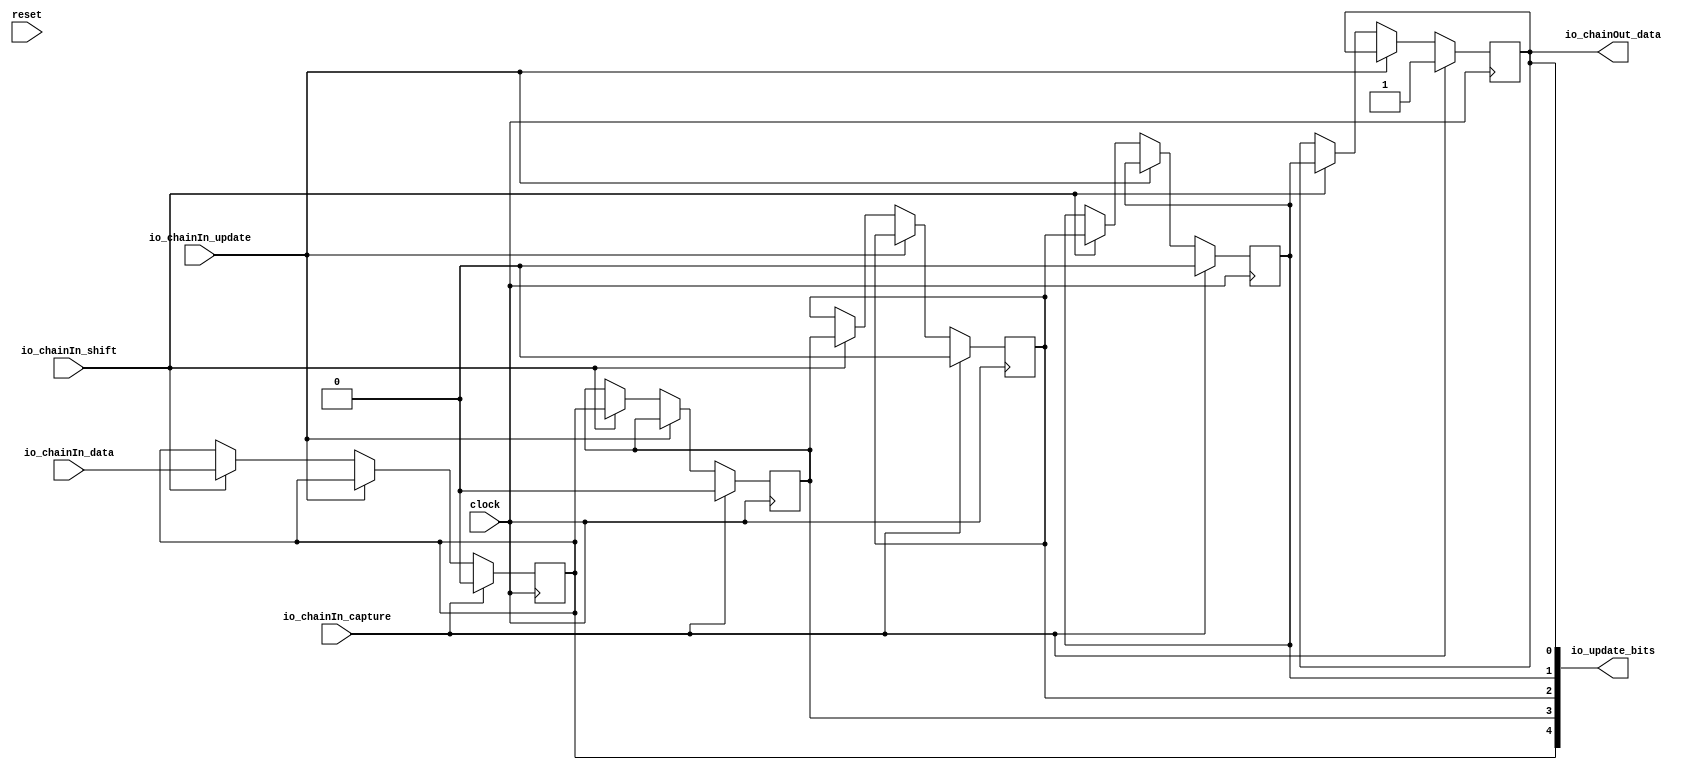
// Copyright (c) 2017, Microsemi Corporation
// All rights reserved.
//
// Redistribution and use in source and binary forms, with or without
// modification, are permitted provided that the following conditions are met:
//     * Redistributions of source code must retain the above copyright
//       notice, this list of conditions and the following disclaimer.
//     * Redistributions in binary form must reproduce the above copyright
//       notice, this list of conditions and the following disclaimer in the
//       documentation and/or other materials provided with the distribution.
//     * Neither the name of the <organization> nor the
//       names of its contributors may be used to endorse or promote products
//       derived from this software without specific prior written permission.
//
// THIS SOFTWARE IS PROVIDED BY THE COPYRIGHT HOLDERS AND CONTRIBUTORS "AS IS" AND
// ANY EXPRESS OR IMPLIED WARRANTIES, INCLUDING, BUT NOT LIMITED TO, THE IMPLIED
// WARRANTIES OF MERCHANTABILITY AND FITNESS FOR A PARTICULAR PURPOSE ARE
// DISCLAIMED. IN NO EVENT SHALL MICROSEMI CORPORATIONM BE LIABLE FOR ANY
// DIRECT, INDIRECT, INCIDENTAL, SPECIAL, EXEMPLARY, OR CONSEQUENTIAL DAMAGES
// (INCLUDING, BUT NOT LIMITED TO, PROCUREMENT OF SUBSTITUTE GOODS OR SERVICES;
// LOSS OF USE, DATA, OR PROFITS; OR BUSINESS INTERRUPTION) HOWEVER CAUSED AND
// ON ANY THEORY OF LIABILITY, WHETHER IN CONTRACT, STRICT LIABILITY, OR TORT
// (INCLUDING NEGLIGENCE OR OTHERWISE) ARISING IN ANY WAY OUT OF THE USE OF THIS
// SOFTWARE, EVEN IF ADVISED OF THE POSSIBILITY OF SUCH DAMAGE.
//
// APACHE LICENSE
// Copyright (c) 2017, Microsemi Corporation 
//
// Licensed under the Apache License, Version 2.0 (the "License");
// you may not use this file except in compliance with the License.
// You may obtain a copy of the License at
//
//    http://www.apache.org/licenses/LICENSE-2.0
//
// Unless required by applicable law or agreed to in writing, software
// distributed under the License is distributed on an "AS IS" BASIS,
// WITHOUT WARRANTIES OR CONDITIONS OF ANY KIND, either express or implied.
// See the License for the specific language governing permissions and
// limitations under the License.
//
// Description:
//
// SVN Revision Information:
// SVN $Revision: $
// SVN $Date: $
//
// Resolved SARs
// SAR      Date     Who   Description
//
// Notes:
//
// ****************************************************************************/
`ifndef RANDOMIZE_REG_INIT 
	 `define RANDOMIZE_REG_INIT 
 `endif
`ifndef RANDOMIZE_MEM_INIT 
	 `define RANDOMIZE_MEM_INIT 
 `endif
`ifndef RANDOMIZE 
	 `define RANDOMIZE 
`endif

`timescale 1ns/10ps
module MiV_AXI_MiV_AXI_0_MIV_RV32IMA_L1_AXI_CAPTURE_UPDATE_CHAIN_2( // @[:freechips.rocketchip.system.MivRV32ImaL1AhbConfig.fir@118348.2]
  input        clock, // @[:freechips.rocketchip.system.MivRV32ImaL1AhbConfig.fir@118349.4]
  input        reset, // @[:freechips.rocketchip.system.MivRV32ImaL1AhbConfig.fir@118350.4]
  input        io_chainIn_shift, // @[:freechips.rocketchip.system.MivRV32ImaL1AhbConfig.fir@118351.4]
  input        io_chainIn_data, // @[:freechips.rocketchip.system.MivRV32ImaL1AhbConfig.fir@118351.4]
  input        io_chainIn_capture, // @[:freechips.rocketchip.system.MivRV32ImaL1AhbConfig.fir@118351.4]
  input        io_chainIn_update, // @[:freechips.rocketchip.system.MivRV32ImaL1AhbConfig.fir@118351.4]
  output       io_chainOut_data, // @[:freechips.rocketchip.system.MivRV32ImaL1AhbConfig.fir@118351.4]
  output [4:0] io_update_bits // @[:freechips.rocketchip.system.MivRV32ImaL1AhbConfig.fir@118351.4]
);
  reg  regs_0; // @[JtagShifter.scala 156:39:freechips.rocketchip.system.MivRV32ImaL1AhbConfig.fir@118359.4]
  reg [31:0] _RAND_0;
  reg  regs_1; // @[JtagShifter.scala 156:39:freechips.rocketchip.system.MivRV32ImaL1AhbConfig.fir@118360.4]
  reg [31:0] _RAND_1;
  reg  regs_2; // @[JtagShifter.scala 156:39:freechips.rocketchip.system.MivRV32ImaL1AhbConfig.fir@118361.4]
  reg [31:0] _RAND_2;
  reg  regs_3; // @[JtagShifter.scala 156:39:freechips.rocketchip.system.MivRV32ImaL1AhbConfig.fir@118362.4]
  reg [31:0] _RAND_3;
  reg  regs_4; // @[JtagShifter.scala 156:39:freechips.rocketchip.system.MivRV32ImaL1AhbConfig.fir@118363.4]
  reg [31:0] _RAND_4;
  wire [1:0] _T_12; // @[Cat.scala 30:58:freechips.rocketchip.system.MivRV32ImaL1AhbConfig.fir@118365.4]
  wire [1:0] _T_13; // @[Cat.scala 30:58:freechips.rocketchip.system.MivRV32ImaL1AhbConfig.fir@118366.4]
  wire [2:0] _T_14; // @[Cat.scala 30:58:freechips.rocketchip.system.MivRV32ImaL1AhbConfig.fir@118367.4]
  wire [4:0] updateBits; // @[Cat.scala 30:58:freechips.rocketchip.system.MivRV32ImaL1AhbConfig.fir@118368.4]
  wire  _GEN_0; // @[JtagShifter.scala 176:34:freechips.rocketchip.system.MivRV32ImaL1AhbConfig.fir@118394.8]
  wire  _GEN_1; // @[JtagShifter.scala 176:34:freechips.rocketchip.system.MivRV32ImaL1AhbConfig.fir@118394.8]
  wire  _GEN_2; // @[JtagShifter.scala 176:34:freechips.rocketchip.system.MivRV32ImaL1AhbConfig.fir@118394.8]
  wire  _GEN_3; // @[JtagShifter.scala 176:34:freechips.rocketchip.system.MivRV32ImaL1AhbConfig.fir@118394.8]
  wire  _GEN_4; // @[JtagShifter.scala 176:34:freechips.rocketchip.system.MivRV32ImaL1AhbConfig.fir@118394.8]
  wire  _GEN_8; // @[JtagShifter.scala 173:35:freechips.rocketchip.system.MivRV32ImaL1AhbConfig.fir@118389.6]
  wire  _GEN_9; // @[JtagShifter.scala 173:35:freechips.rocketchip.system.MivRV32ImaL1AhbConfig.fir@118389.6]
  wire  _GEN_10; // @[JtagShifter.scala 173:35:freechips.rocketchip.system.MivRV32ImaL1AhbConfig.fir@118389.6]
  wire  _GEN_11; // @[JtagShifter.scala 173:35:freechips.rocketchip.system.MivRV32ImaL1AhbConfig.fir@118389.6]
  wire  _GEN_12; // @[JtagShifter.scala 173:35:freechips.rocketchip.system.MivRV32ImaL1AhbConfig.fir@118389.6]
  wire  _GEN_13; // @[JtagShifter.scala 168:29:freechips.rocketchip.system.MivRV32ImaL1AhbConfig.fir@118374.4]
  wire  _GEN_14; // @[JtagShifter.scala 168:29:freechips.rocketchip.system.MivRV32ImaL1AhbConfig.fir@118374.4]
  wire  _GEN_15; // @[JtagShifter.scala 168:29:freechips.rocketchip.system.MivRV32ImaL1AhbConfig.fir@118374.4]
  wire  _GEN_16; // @[JtagShifter.scala 168:29:freechips.rocketchip.system.MivRV32ImaL1AhbConfig.fir@118374.4]
  wire  _GEN_17; // @[JtagShifter.scala 168:29:freechips.rocketchip.system.MivRV32ImaL1AhbConfig.fir@118374.4]
  wire  _T_31; // @[JtagShifter.scala 185:31:freechips.rocketchip.system.MivRV32ImaL1AhbConfig.fir@118407.4]
  wire  _T_33; // @[JtagShifter.scala 185:10:freechips.rocketchip.system.MivRV32ImaL1AhbConfig.fir@118408.4]
  wire  _T_34; // @[JtagShifter.scala 186:31:freechips.rocketchip.system.MivRV32ImaL1AhbConfig.fir@118409.4]
  wire  _T_36; // @[JtagShifter.scala 186:10:freechips.rocketchip.system.MivRV32ImaL1AhbConfig.fir@118410.4]
  wire  _T_37; // @[JtagShifter.scala 186:7:freechips.rocketchip.system.MivRV32ImaL1AhbConfig.fir@118411.4]
  wire  _T_38; // @[JtagShifter.scala 187:30:freechips.rocketchip.system.MivRV32ImaL1AhbConfig.fir@118412.4]
  wire  _T_40; // @[JtagShifter.scala 187:10:freechips.rocketchip.system.MivRV32ImaL1AhbConfig.fir@118413.4]
  wire  _T_41; // @[JtagShifter.scala 187:7:freechips.rocketchip.system.MivRV32ImaL1AhbConfig.fir@118414.4]
  wire  _T_43; // @[JtagShifter.scala 185:9:freechips.rocketchip.system.MivRV32ImaL1AhbConfig.fir@118416.4]
  wire  _T_45; // @[JtagShifter.scala 185:9:freechips.rocketchip.system.MivRV32ImaL1AhbConfig.fir@118417.4]
  assign _T_12 = {regs_1,regs_0}; // @[Cat.scala 30:58:freechips.rocketchip.system.MivRV32ImaL1AhbConfig.fir@118365.4]
  assign _T_13 = {regs_4,regs_3}; // @[Cat.scala 30:58:freechips.rocketchip.system.MivRV32ImaL1AhbConfig.fir@118366.4]
  assign _T_14 = {_T_13,regs_2}; // @[Cat.scala 30:58:freechips.rocketchip.system.MivRV32ImaL1AhbConfig.fir@118367.4]
  assign updateBits = {_T_14,_T_12}; // @[Cat.scala 30:58:freechips.rocketchip.system.MivRV32ImaL1AhbConfig.fir@118368.4]
  assign _GEN_0 = io_chainIn_shift ? io_chainIn_data : regs_4; // @[JtagShifter.scala 176:34:freechips.rocketchip.system.MivRV32ImaL1AhbConfig.fir@118394.8]
  assign _GEN_1 = io_chainIn_shift ? regs_1 : regs_0; // @[JtagShifter.scala 176:34:freechips.rocketchip.system.MivRV32ImaL1AhbConfig.fir@118394.8]
  assign _GEN_2 = io_chainIn_shift ? regs_2 : regs_1; // @[JtagShifter.scala 176:34:freechips.rocketchip.system.MivRV32ImaL1AhbConfig.fir@118394.8]
  assign _GEN_3 = io_chainIn_shift ? regs_3 : regs_2; // @[JtagShifter.scala 176:34:freechips.rocketchip.system.MivRV32ImaL1AhbConfig.fir@118394.8]
  assign _GEN_4 = io_chainIn_shift ? regs_4 : regs_3; // @[JtagShifter.scala 176:34:freechips.rocketchip.system.MivRV32ImaL1AhbConfig.fir@118394.8]
  assign _GEN_8 = io_chainIn_update ? regs_4 : _GEN_0; // @[JtagShifter.scala 173:35:freechips.rocketchip.system.MivRV32ImaL1AhbConfig.fir@118389.6]
  assign _GEN_9 = io_chainIn_update ? regs_0 : _GEN_1; // @[JtagShifter.scala 173:35:freechips.rocketchip.system.MivRV32ImaL1AhbConfig.fir@118389.6]
  assign _GEN_10 = io_chainIn_update ? regs_1 : _GEN_2; // @[JtagShifter.scala 173:35:freechips.rocketchip.system.MivRV32ImaL1AhbConfig.fir@118389.6]
  assign _GEN_11 = io_chainIn_update ? regs_2 : _GEN_3; // @[JtagShifter.scala 173:35:freechips.rocketchip.system.MivRV32ImaL1AhbConfig.fir@118389.6]
  assign _GEN_12 = io_chainIn_update ? regs_3 : _GEN_4; // @[JtagShifter.scala 173:35:freechips.rocketchip.system.MivRV32ImaL1AhbConfig.fir@118389.6]
  assign _GEN_13 = io_chainIn_capture ? 1'h1 : _GEN_9; // @[JtagShifter.scala 168:29:freechips.rocketchip.system.MivRV32ImaL1AhbConfig.fir@118374.4]
  assign _GEN_14 = io_chainIn_capture ? 1'h0 : _GEN_10; // @[JtagShifter.scala 168:29:freechips.rocketchip.system.MivRV32ImaL1AhbConfig.fir@118374.4]
  assign _GEN_15 = io_chainIn_capture ? 1'h0 : _GEN_11; // @[JtagShifter.scala 168:29:freechips.rocketchip.system.MivRV32ImaL1AhbConfig.fir@118374.4]
  assign _GEN_16 = io_chainIn_capture ? 1'h0 : _GEN_12; // @[JtagShifter.scala 168:29:freechips.rocketchip.system.MivRV32ImaL1AhbConfig.fir@118374.4]
  assign _GEN_17 = io_chainIn_capture ? 1'h0 : _GEN_8; // @[JtagShifter.scala 168:29:freechips.rocketchip.system.MivRV32ImaL1AhbConfig.fir@118374.4]
  assign _T_31 = io_chainIn_capture & io_chainIn_update; // @[JtagShifter.scala 185:31:freechips.rocketchip.system.MivRV32ImaL1AhbConfig.fir@118407.4]
  assign _T_33 = _T_31 == 1'h0; // @[JtagShifter.scala 185:10:freechips.rocketchip.system.MivRV32ImaL1AhbConfig.fir@118408.4]
  assign _T_34 = io_chainIn_capture & io_chainIn_shift; // @[JtagShifter.scala 186:31:freechips.rocketchip.system.MivRV32ImaL1AhbConfig.fir@118409.4]
  assign _T_36 = _T_34 == 1'h0; // @[JtagShifter.scala 186:10:freechips.rocketchip.system.MivRV32ImaL1AhbConfig.fir@118410.4]
  assign _T_37 = _T_33 & _T_36; // @[JtagShifter.scala 186:7:freechips.rocketchip.system.MivRV32ImaL1AhbConfig.fir@118411.4]
  assign _T_38 = io_chainIn_update & io_chainIn_shift; // @[JtagShifter.scala 187:30:freechips.rocketchip.system.MivRV32ImaL1AhbConfig.fir@118412.4]
  assign _T_40 = _T_38 == 1'h0; // @[JtagShifter.scala 187:10:freechips.rocketchip.system.MivRV32ImaL1AhbConfig.fir@118413.4]
  assign _T_41 = _T_37 & _T_40; // @[JtagShifter.scala 187:7:freechips.rocketchip.system.MivRV32ImaL1AhbConfig.fir@118414.4]
  assign _T_43 = _T_41 | reset; // @[JtagShifter.scala 185:9:freechips.rocketchip.system.MivRV32ImaL1AhbConfig.fir@118416.4]
  assign _T_45 = _T_43 == 1'h0; // @[JtagShifter.scala 185:9:freechips.rocketchip.system.MivRV32ImaL1AhbConfig.fir@118417.4]
  assign io_chainOut_data = regs_0;
  assign io_update_bits = updateBits;
`ifdef RANDOMIZE
  integer initvar;
  initial begin
    `ifndef verilator
      #0.002 begin end
    `endif
  `ifdef RANDOMIZE_REG_INIT
  _RAND_0 = {1{32'b0}};
  regs_0 = _RAND_0[0:0];
  `endif // RANDOMIZE_REG_INIT
  `ifdef RANDOMIZE_REG_INIT
  _RAND_1 = {1{32'b0}};
  regs_1 = _RAND_1[0:0];
  `endif // RANDOMIZE_REG_INIT
  `ifdef RANDOMIZE_REG_INIT
  _RAND_2 = {1{32'b0}};
  regs_2 = _RAND_2[0:0];
  `endif // RANDOMIZE_REG_INIT
  `ifdef RANDOMIZE_REG_INIT
  _RAND_3 = {1{32'b0}};
  regs_3 = _RAND_3[0:0];
  `endif // RANDOMIZE_REG_INIT
  `ifdef RANDOMIZE_REG_INIT
  _RAND_4 = {1{32'b0}};
  regs_4 = _RAND_4[0:0];
  `endif // RANDOMIZE_REG_INIT
  end
`endif // RANDOMIZE
  always @(posedge clock) begin
    if (io_chainIn_capture) begin
      regs_0 <= 1'h1;
    end else begin
      if (!(io_chainIn_update)) begin
        if (io_chainIn_shift) begin
          regs_0 <= regs_1;
        end
      end
    end
    if (io_chainIn_capture) begin
      regs_1 <= 1'h0;
    end else begin
      if (!(io_chainIn_update)) begin
        if (io_chainIn_shift) begin
          regs_1 <= regs_2;
        end
      end
    end
    if (io_chainIn_capture) begin
      regs_2 <= 1'h0;
    end else begin
      if (!(io_chainIn_update)) begin
        if (io_chainIn_shift) begin
          regs_2 <= regs_3;
        end
      end
    end
    if (io_chainIn_capture) begin
      regs_3 <= 1'h0;
    end else begin
      if (!(io_chainIn_update)) begin
        if (io_chainIn_shift) begin
          regs_3 <= regs_4;
        end
      end
    end
    if (io_chainIn_capture) begin
      regs_4 <= 1'h0;
    end else begin
      if (!(io_chainIn_update)) begin
        if (io_chainIn_shift) begin
          regs_4 <= io_chainIn_data;
        end
      end
    end
    `ifndef SYNTHESIS
    `ifdef PRINTF_COND
      if (`PRINTF_COND) begin
    `endif
        if (_T_45) begin
          $fwrite(32'h80000002,"Assertion failed\n    at JtagShifter.scala:185 assert(!(io.chainIn.capture && io.chainIn.update)\n"); // @[JtagShifter.scala 185:9:freechips.rocketchip.system.MivRV32ImaL1AhbConfig.fir@118419.6]
        end
    `ifdef PRINTF_COND
      end
    `endif
    `endif // SYNTHESIS
    `ifndef SYNTHESIS
    `ifdef STOP_COND
      if (`STOP_COND) begin
    `endif
        if (_T_45) begin
          $fatal; // @[JtagShifter.scala 185:9:freechips.rocketchip.system.MivRV32ImaL1AhbConfig.fir@118420.6]
        end
    `ifdef STOP_COND
      end
    `endif
    `endif // SYNTHESIS
  end
endmodule